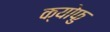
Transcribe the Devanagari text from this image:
क्योफु